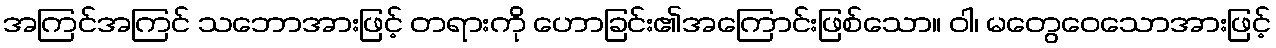
အကြင်အကြင် သဘောအားဖြင့် တရားကို ဟောခြင်း၏အကြောင်းဖြစ်သော။ ဝါ၊ မတွေဝေသောအားဖြင့်